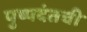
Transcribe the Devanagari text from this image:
पुष्पदंतची